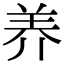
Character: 养